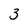
Character: 3